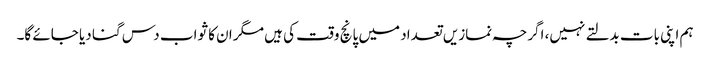
ہم اپنی بات بدلتے نہیں، اگرچہ نمازیں تعداد میں پانچ وقت کی ہیں مگر ان کا ثواب دس گنا دیا جائے گا۔